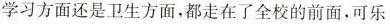
学习方面还是卫生方面，都走在了全校的前面，可乐